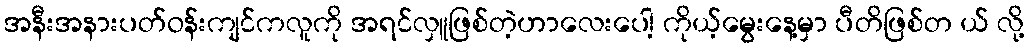
အနီးအနားပတ်ဝန်းကျင်ကလူကို အရင်လှူဖြစ်တဲ့ဟာလေးပေါ့ ကိုယ့်မွေးနေ့မှာ ပီတိဖြစ်တ ယ် လို့